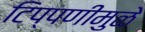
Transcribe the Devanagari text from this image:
टिप्पणीमुळे